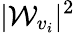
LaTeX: |\mathcal{W}_{v_{i}}|^{2}